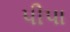
પીપા